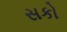
સકો